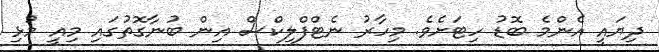
ދިޔައީ އެންމެ ބޮޑު ހިޓަށެވެ. މިހާރު ނެޓްފްލިކްސް އިން ބުނާގޮތުގައި މިއީ މުޅި